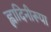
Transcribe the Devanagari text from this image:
ह्लादिनीरूपा